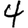
Digit: 4